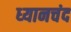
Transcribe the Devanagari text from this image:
ध्‍यानचंद